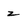
Character: z